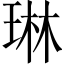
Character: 琳